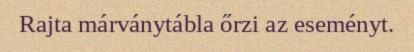
Rajta márványtábla őrzi az eseményt.